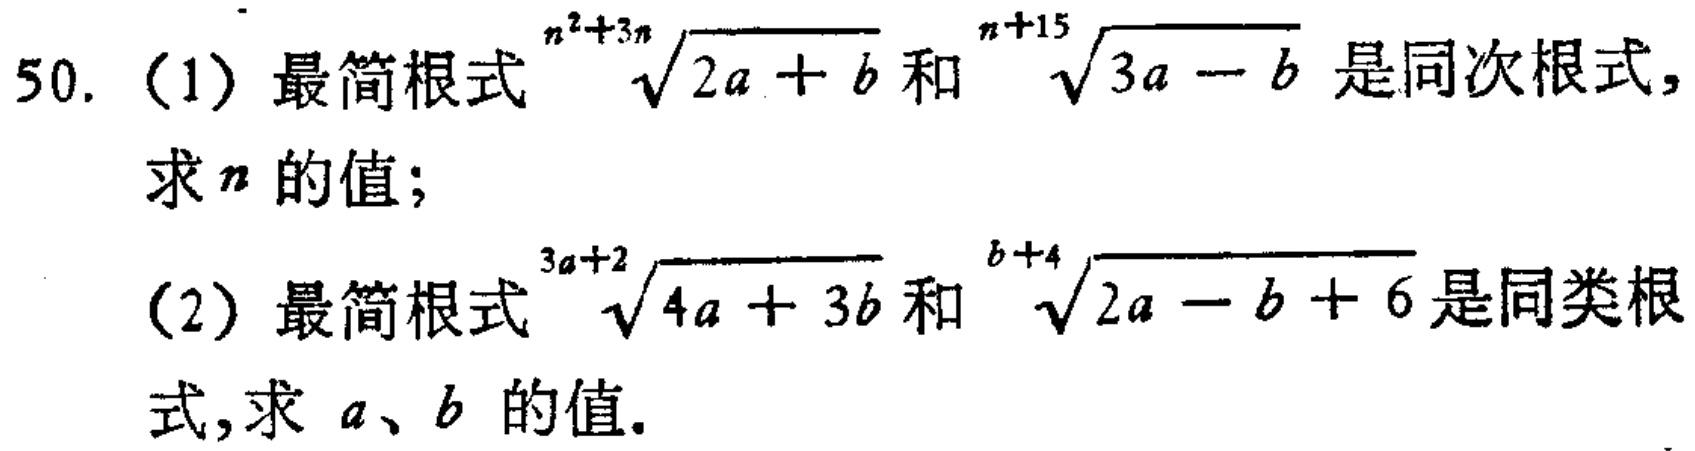
50. (1) 最简根式$\sqrt[n^{2}+3n]{2a + b}$和$\sqrt[n + 15]{3a - b}$是同次根式，求$n$的值；

(2) 最简根式$\sqrt[3a + 2]{4a + 3b}$和$\sqrt[b + 4]{2a - b + 6}$是同类根式，求$a$、$b$的值.